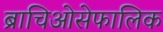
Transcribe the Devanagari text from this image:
ब्राचिओसेफालिक